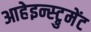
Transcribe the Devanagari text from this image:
आहेइन्स्ट्रुमेंट